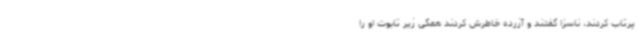
پرتاب کردند، ناسزا گفتند و آزرده خاطرش کردند همگی زیر تابوت او را